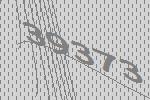
39373